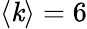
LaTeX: \left<\mathit{k}\right>=6